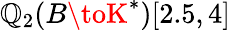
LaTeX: \mathbb{Q}_{2}(B\toK^{*})[2.5,4]